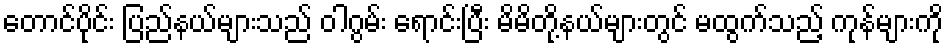
တောင်ပိုင်း ပြည်နယ်များသည် ဝါဂွမ်း ရောင်းပြီး မိမိတို့နယ်များတွင် မထွက်သည့် ကုန်များကို